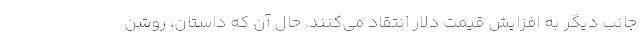
جانب دیگر به افزایش قیمت دلار انتقاد می‌کنند. حال آن که داستان، روشن